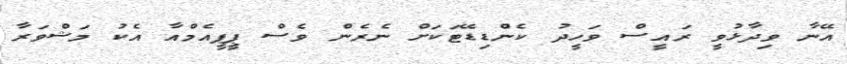
އޭނާ ވިދާޅުވީ ރައީސް ވަހީދު ކެންޑިޑޭޓަކަށް ނެރެން ވެސް ޕީޕީއެމްއާ އެކު މަޝްވަރާ